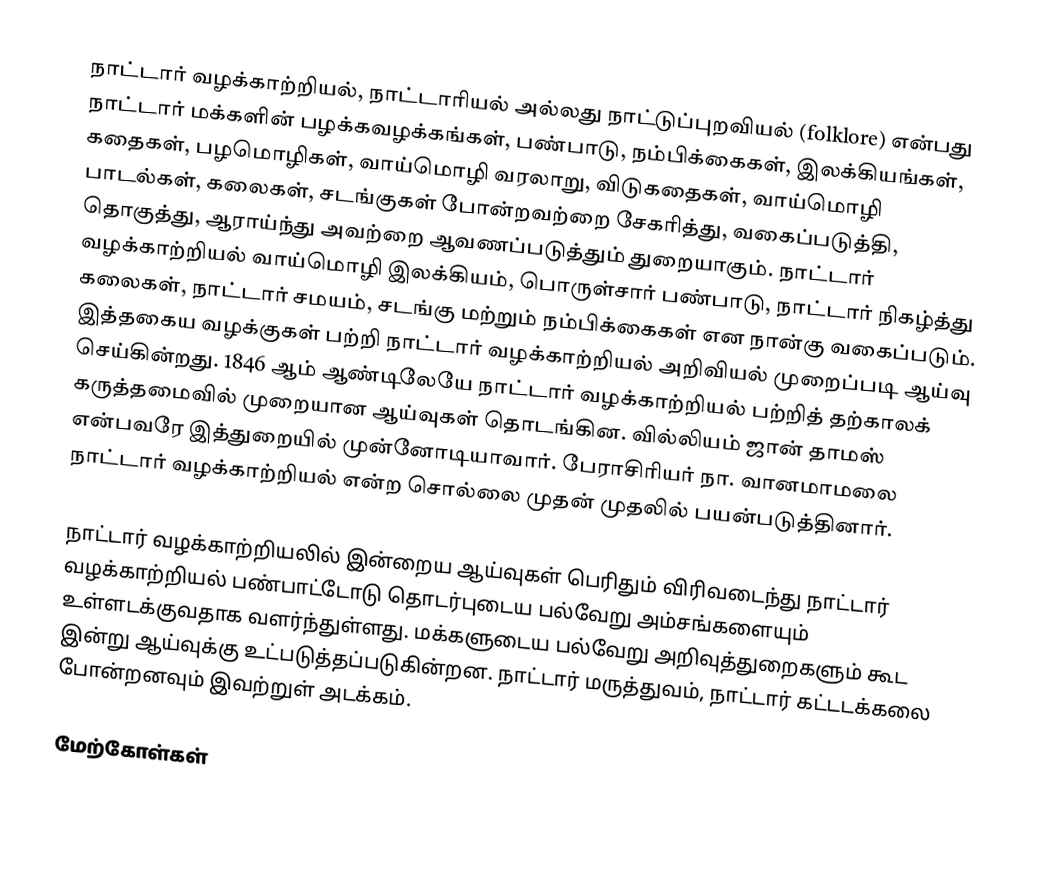
நாட்டார் வழக்காற்றியல், நாட்டாரியல்  அல்லது நாட்டுப்புறவியல் (folklore) என்பது நாட்டார் மக்களின் பழக்கவழக்கங்கள், பண்பாடு, நம்பிக்கைகள், இலக்கியங்கள், கதைகள், பழமொழிகள், வாய்மொழி வரலாறு, விடுகதைகள், வாய்மொழி பாடல்கள், கலைகள், சடங்குகள் போன்றவற்றை சேகரித்து, வகைப்படுத்தி, தொகுத்து, ஆராய்ந்து அவற்றை ஆவணப்படுத்தும் துறையாகும். நாட்டார் வழக்காற்றியல் வாய்மொழி இலக்கியம், பொருள்சார் பண்பாடு, நாட்டார் நிகழ்த்து கலைகள், நாட்டார் சமயம், சடங்கு மற்றும் நம்பிக்கைகள் என நான்கு வகைப்படும். இத்தகைய வழக்குகள் பற்றி நாட்டார் வழக்காற்றியல் அறிவியல் முறைப்படி ஆய்வு செய்கின்றது. 1846 ஆம் ஆண்டிலேயே நாட்டார் வழக்காற்றியல் பற்றித் தற்காலக் கருத்தமைவில் முறையான ஆய்வுகள் தொடங்கின. வில்லியம் ஜான் தாமஸ் என்பவரே இத்துறையில் முன்னோடியாவார். பேராசிரியர் நா. வானமாமலை நாட்டார் வழக்காற்றியல் என்ற சொல்லை முதன் முதலில் பயன்படுத்தினார்.

நாட்டார் வழக்காற்றியலில் இன்றைய ஆய்வுகள் பெரிதும் விரிவடைந்து நாட்டார் வழக்காற்றியல் பண்பாட்டோடு தொடர்புடைய பல்வேறு அம்சங்களையும் உள்ளடக்குவதாக வளர்ந்துள்ளது.  மக்களுடைய பல்வேறு அறிவுத்துறைகளும் கூட இன்று ஆய்வுக்கு உட்படுத்தப்படுகின்றன. நாட்டார் மருத்துவம், நாட்டார் கட்டடக்கலை போன்றனவும் இவற்றுள் அடக்கம்.

மேற்கோள்கள்